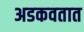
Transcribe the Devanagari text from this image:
अडकवतात